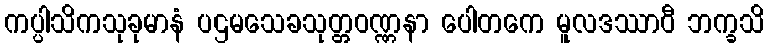
ကပ္ပါသိကသုခုမာနံ ပဌမသေခသုတ္တဝဏ္ဏနာ ပေါတကေ မူလဒဿာဝီ ဘက္ခသိ